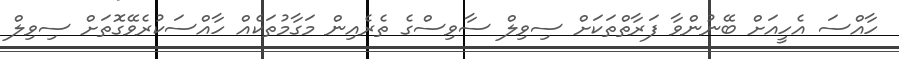
ހާއްސަ އެހީއަށް ބޭނުންވާ ފަރާތްތަކަށް ސިވިލް ސާވިސްގެ ތެރެއިން މަގާމުތަކެއް ހާއްސަކުރެވޭގޮތަށް ސިވިލް